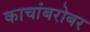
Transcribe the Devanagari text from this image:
काचांबरोबर